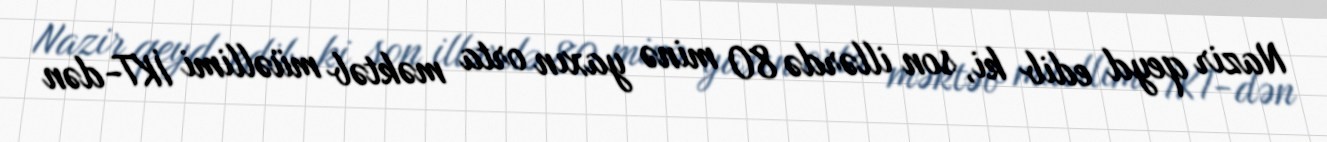
Nazir qeyd edib ki, son illərdə 80 minə yaxın orta məktəb müəllimi İKT-dən